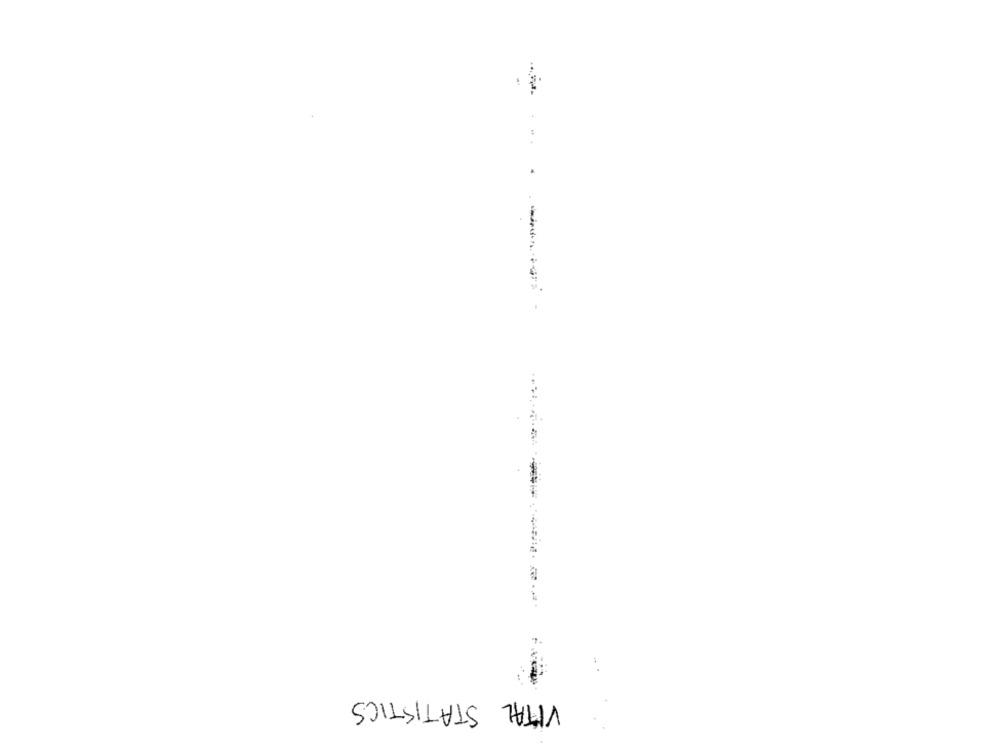
VITAL STATISTICS